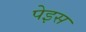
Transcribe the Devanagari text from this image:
पेइस